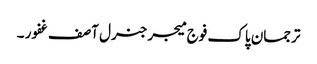
ترجمان پاک فوج میجرجنرل آصف غفور ۔